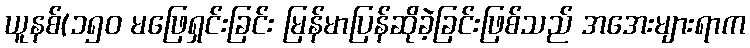
ယူနစ်(၁၅၀ မဖြေရှင်းခြင်း မြန်မာပြန်ဆိုခဲ့ခြင်းဖြစ်သည် အအေးများရာက